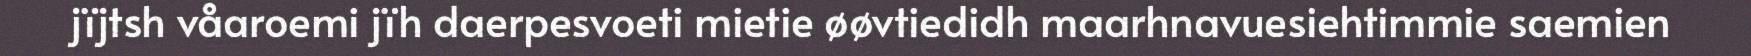
jïjtsh våaroemi jïh daerpesvoeti mietie øøvtiedidh maarhnavuesiehtimmie saemien